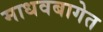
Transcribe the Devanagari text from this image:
माधवबागेत